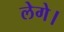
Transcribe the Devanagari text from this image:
लेगे।